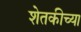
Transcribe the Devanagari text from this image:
शेतकीच्या